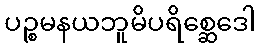
ပဉ္စမနယဘူမိပရိစ္ဆေဒေါ